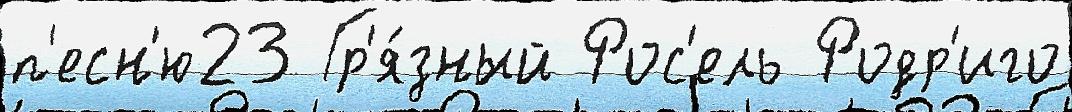
п'есн'ю23 Гр'я́зный Рос'ель Родр'иго